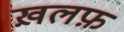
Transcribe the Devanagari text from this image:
ख़लफ़